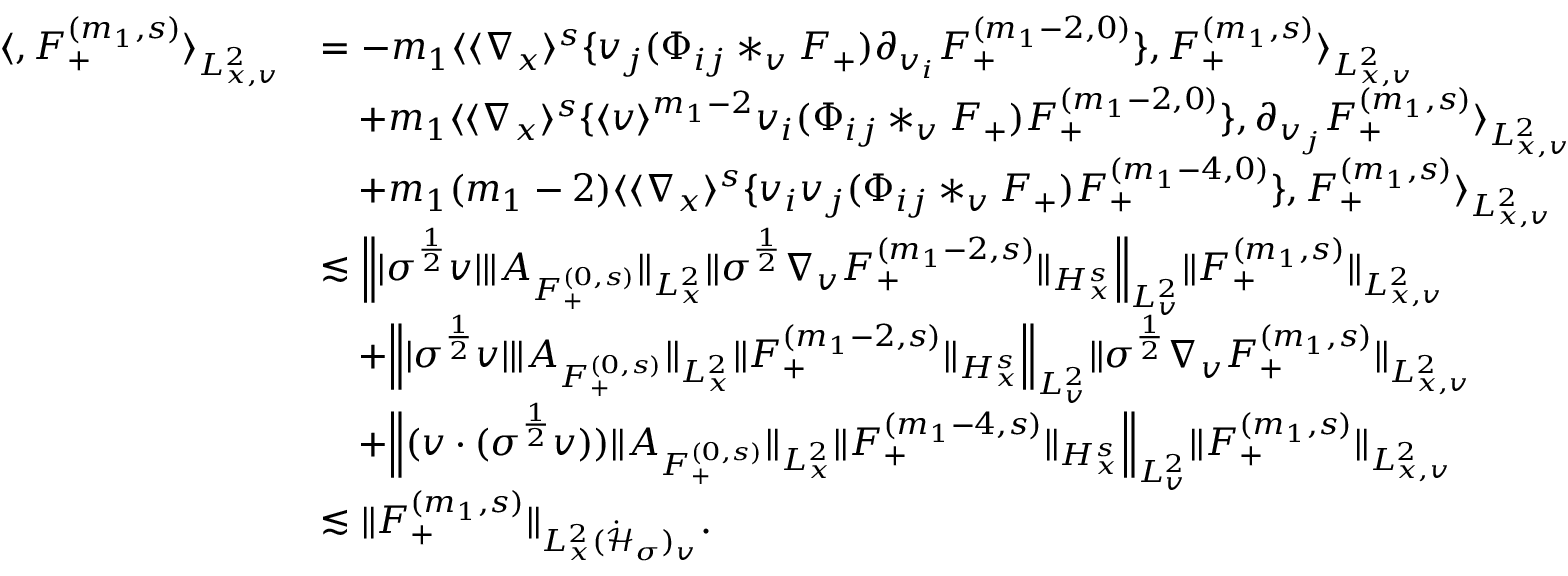
\begin{array} { r l } { \langle , F _ { + } ^ { ( m _ { 1 } , s ) } \rangle _ { L _ { x , v } ^ { 2 } } } & { = - m _ { 1 } \langle \langle \nabla _ { x } \rangle ^ { s } \{ v _ { j } ( \Phi _ { i j } * _ { v } F _ { + } ) \partial _ { v _ { i } } F _ { + } ^ { ( m _ { 1 } - 2 , 0 ) } \} , F _ { + } ^ { ( m _ { 1 } , s ) } \rangle _ { L _ { x , v } ^ { 2 } } } \\ & { \quad + m _ { 1 } \langle \langle \nabla _ { x } \rangle ^ { s } \{ \langle v \rangle ^ { m _ { 1 } - 2 } v _ { i } ( \Phi _ { i j } * _ { v } F _ { + } ) F _ { + } ^ { ( m _ { 1 } - 2 , 0 ) } \} , \partial _ { v _ { j } } F _ { + } ^ { ( m _ { 1 } , s ) } \rangle _ { L _ { x , v } ^ { 2 } } } \\ & { \quad + m _ { 1 } ( m _ { 1 } - 2 ) \langle \langle \nabla _ { x } \rangle ^ { s } \{ v _ { i } v _ { j } ( \Phi _ { i j } * _ { v } F _ { + } ) F _ { + } ^ { ( m _ { 1 } - 4 , 0 ) } \} , F _ { + } ^ { ( m _ { 1 } , s ) } \rangle _ { L _ { x , v } ^ { 2 } } } \\ & { \lesssim \Big \| | \sigma ^ { \frac { 1 } { 2 } } v | \| A _ { F _ { + } ^ { ( 0 , s ) } } \| _ { L _ { x } ^ { 2 } } \| \sigma ^ { \frac { 1 } { 2 } } \nabla _ { v } F _ { + } ^ { ( m _ { 1 } - 2 , s ) } \| _ { H _ { x } ^ { s } } \Big \| _ { L _ { v } ^ { 2 } } \| F _ { + } ^ { ( m _ { 1 } , s ) } \| _ { L _ { x , v } ^ { 2 } } } \\ & { \quad + \Big \| | \sigma ^ { \frac { 1 } { 2 } } v | \| A _ { F _ { + } ^ { ( 0 , s ) } } \| _ { L _ { x } ^ { 2 } } \| F _ { + } ^ { ( m _ { 1 } - 2 , s ) } \| _ { H _ { x } ^ { s } } \Big \| _ { L _ { v } ^ { 2 } } \| \sigma ^ { \frac { 1 } { 2 } } \nabla _ { v } F _ { + } ^ { ( m _ { 1 } , s ) } \| _ { L _ { x , v } ^ { 2 } } } \\ & { \quad + \Big \| ( v \cdot ( \sigma ^ { \frac { 1 } { 2 } } v ) ) \| A _ { F _ { + } ^ { ( 0 , s ) } } \| _ { L _ { x } ^ { 2 } } \| F _ { + } ^ { ( m _ { 1 } - 4 , s ) } \| _ { H _ { x } ^ { s } } \Big \| _ { L _ { v } ^ { 2 } } \| F _ { + } ^ { ( m _ { 1 } , s ) } \| _ { L _ { x , v } ^ { 2 } } } \\ & { \lesssim \| F _ { + } ^ { ( m _ { 1 } , s ) } \| _ { L _ { x } ^ { 2 } ( \dot { \mathcal H } _ { \sigma } ) _ { v } } . } \end{array}